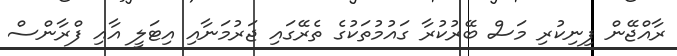
ރާއްޖޭން ފިނިކުރި މަސް ބޭރުކުރާ ގައުމުތަކުގެ ތެރޭގައި ޖަރުމަނާއި އިޓަލީ އާއި ފްރާންސް